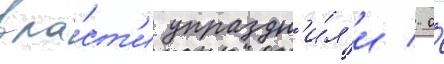
вла́ст'и упраздн'и́л'и / а́